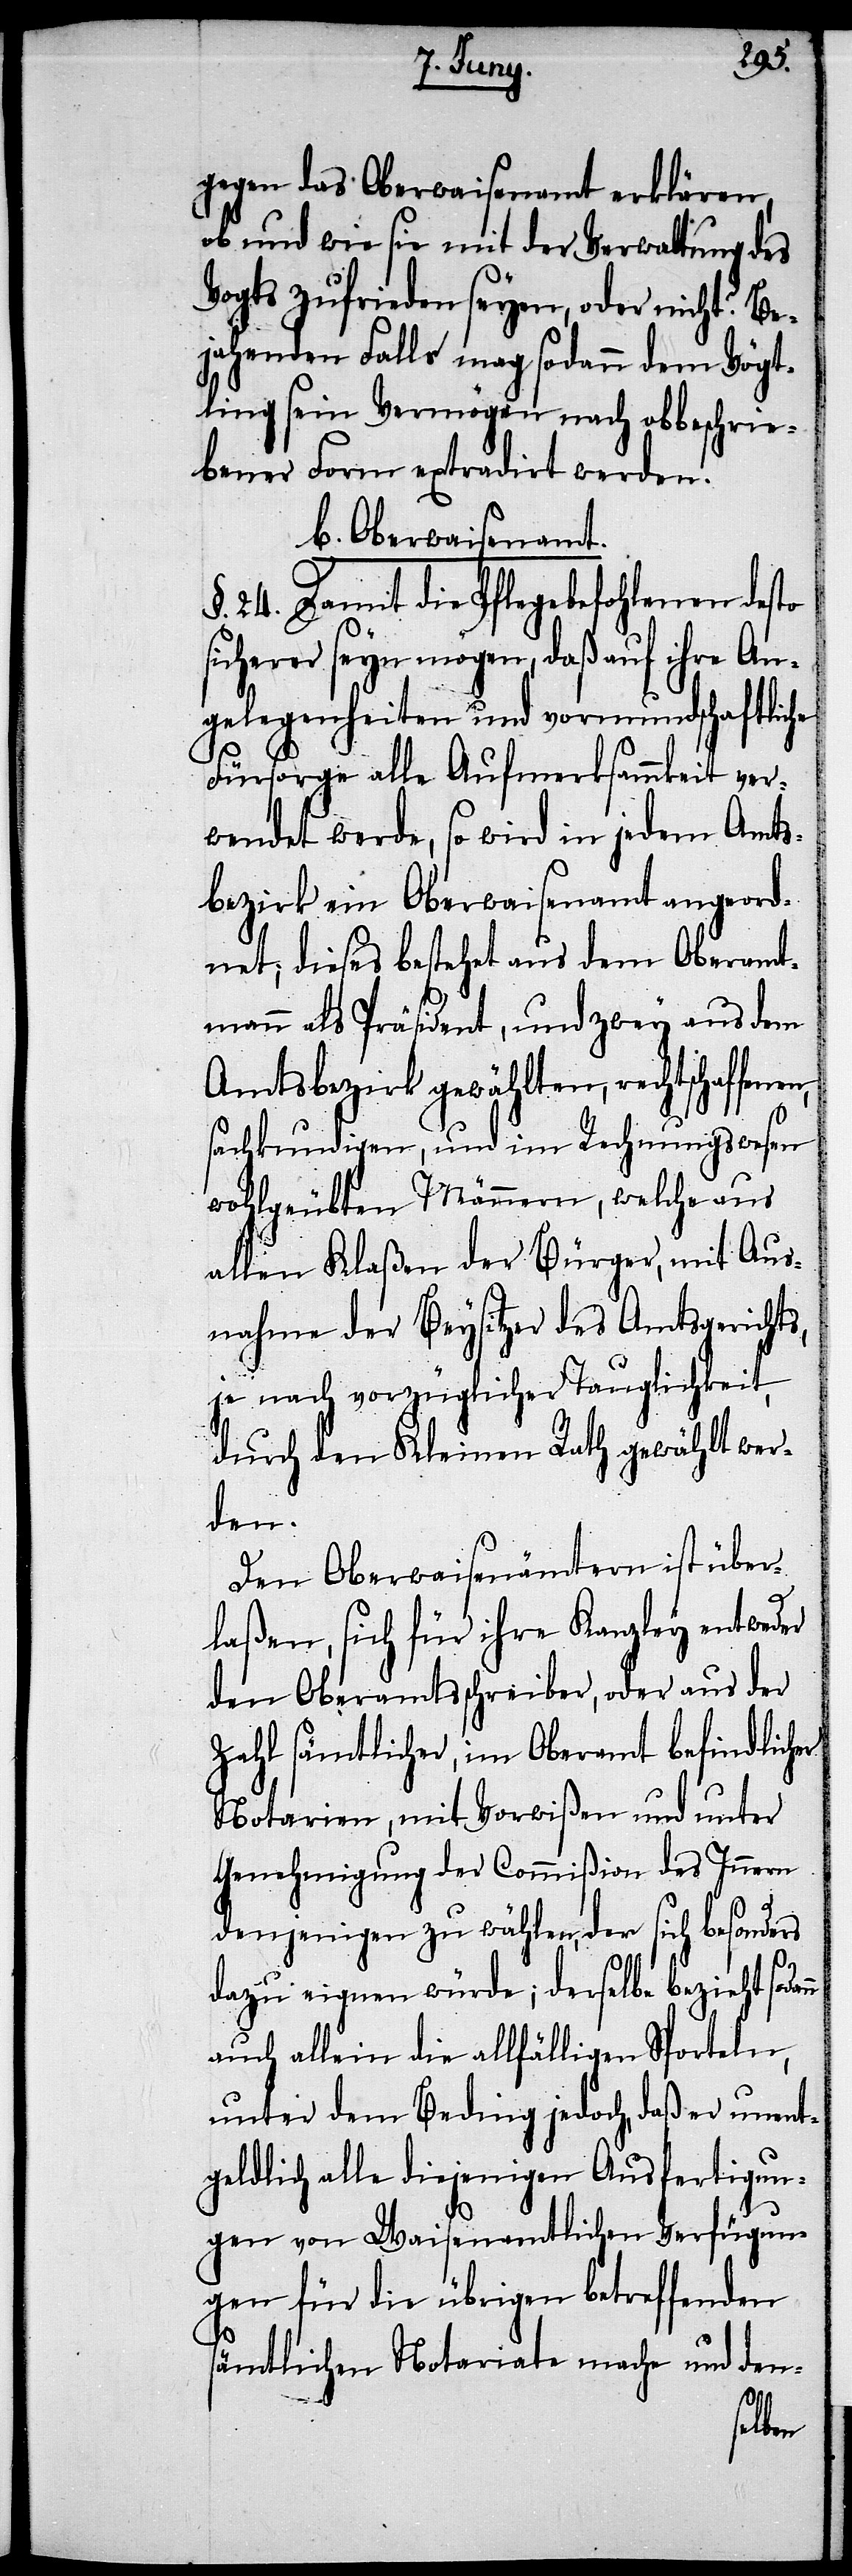
gegen das Oberwaisenamt erklären,
ob und wie sie mit der Verwaltung des
Vogts zufrieden seyen, oder nicht? Be¬
jahenden Falls mag sodann dem Vögt¬
ling sein Vermögen nach obbeschrie¬
bener Form extradirt werden.
b. Oberwaisenamt
§. 24. Damit die Pflegebefohlenen desto
icherer seyn mögen, daß auf ihre An¬
gelegenheiten und vormundschaftliche
Fürsorge alle Aufmerksamkeit ver¬
wendet werde, so wird in jedem Amts¬
bezirk ein Oberwaisenamt angeord¬
net; dieses bestehet aus dem Oberamt¬
mann als Präsident, und zwey aus dem
Amtsbezirk gewählten, rechtschaffenen,
sachkundigen, und im Rechnungswesen
wohlgeübten Männern, welche aus
allen Klaßen der Bürger, mit Aus¬
nahme der Beysitzer des Amtsgerichts,
je nach vorzüglicher Tauglichkeit,
durch den Kleinen Rath gewählt wer¬
den.
Den Oberwaisenämtern ist über¬
ann
laßen, sich für ihre Kanzley entweder
den Oberamtsschreiber, oder aus der
Zahl sämtlicher, im Oberamt befindlicher
Notarien, mit Vorwißen und unter
Genehmigung der Commißion des Innern
denjenigen zu wählen, der sich besonders
dazu eignen würde; derselbe bezieht sod¬
auch allein die allfälligen Sporteln,
unter dem Beding jedoch, daß er unent¬
geldlich alle diejenigen Ausfertigun¬
gen von Waisenamtlichen Verfügun¬
gen für die übrigen betreffenden
sämtlichen Notariate mache und den-